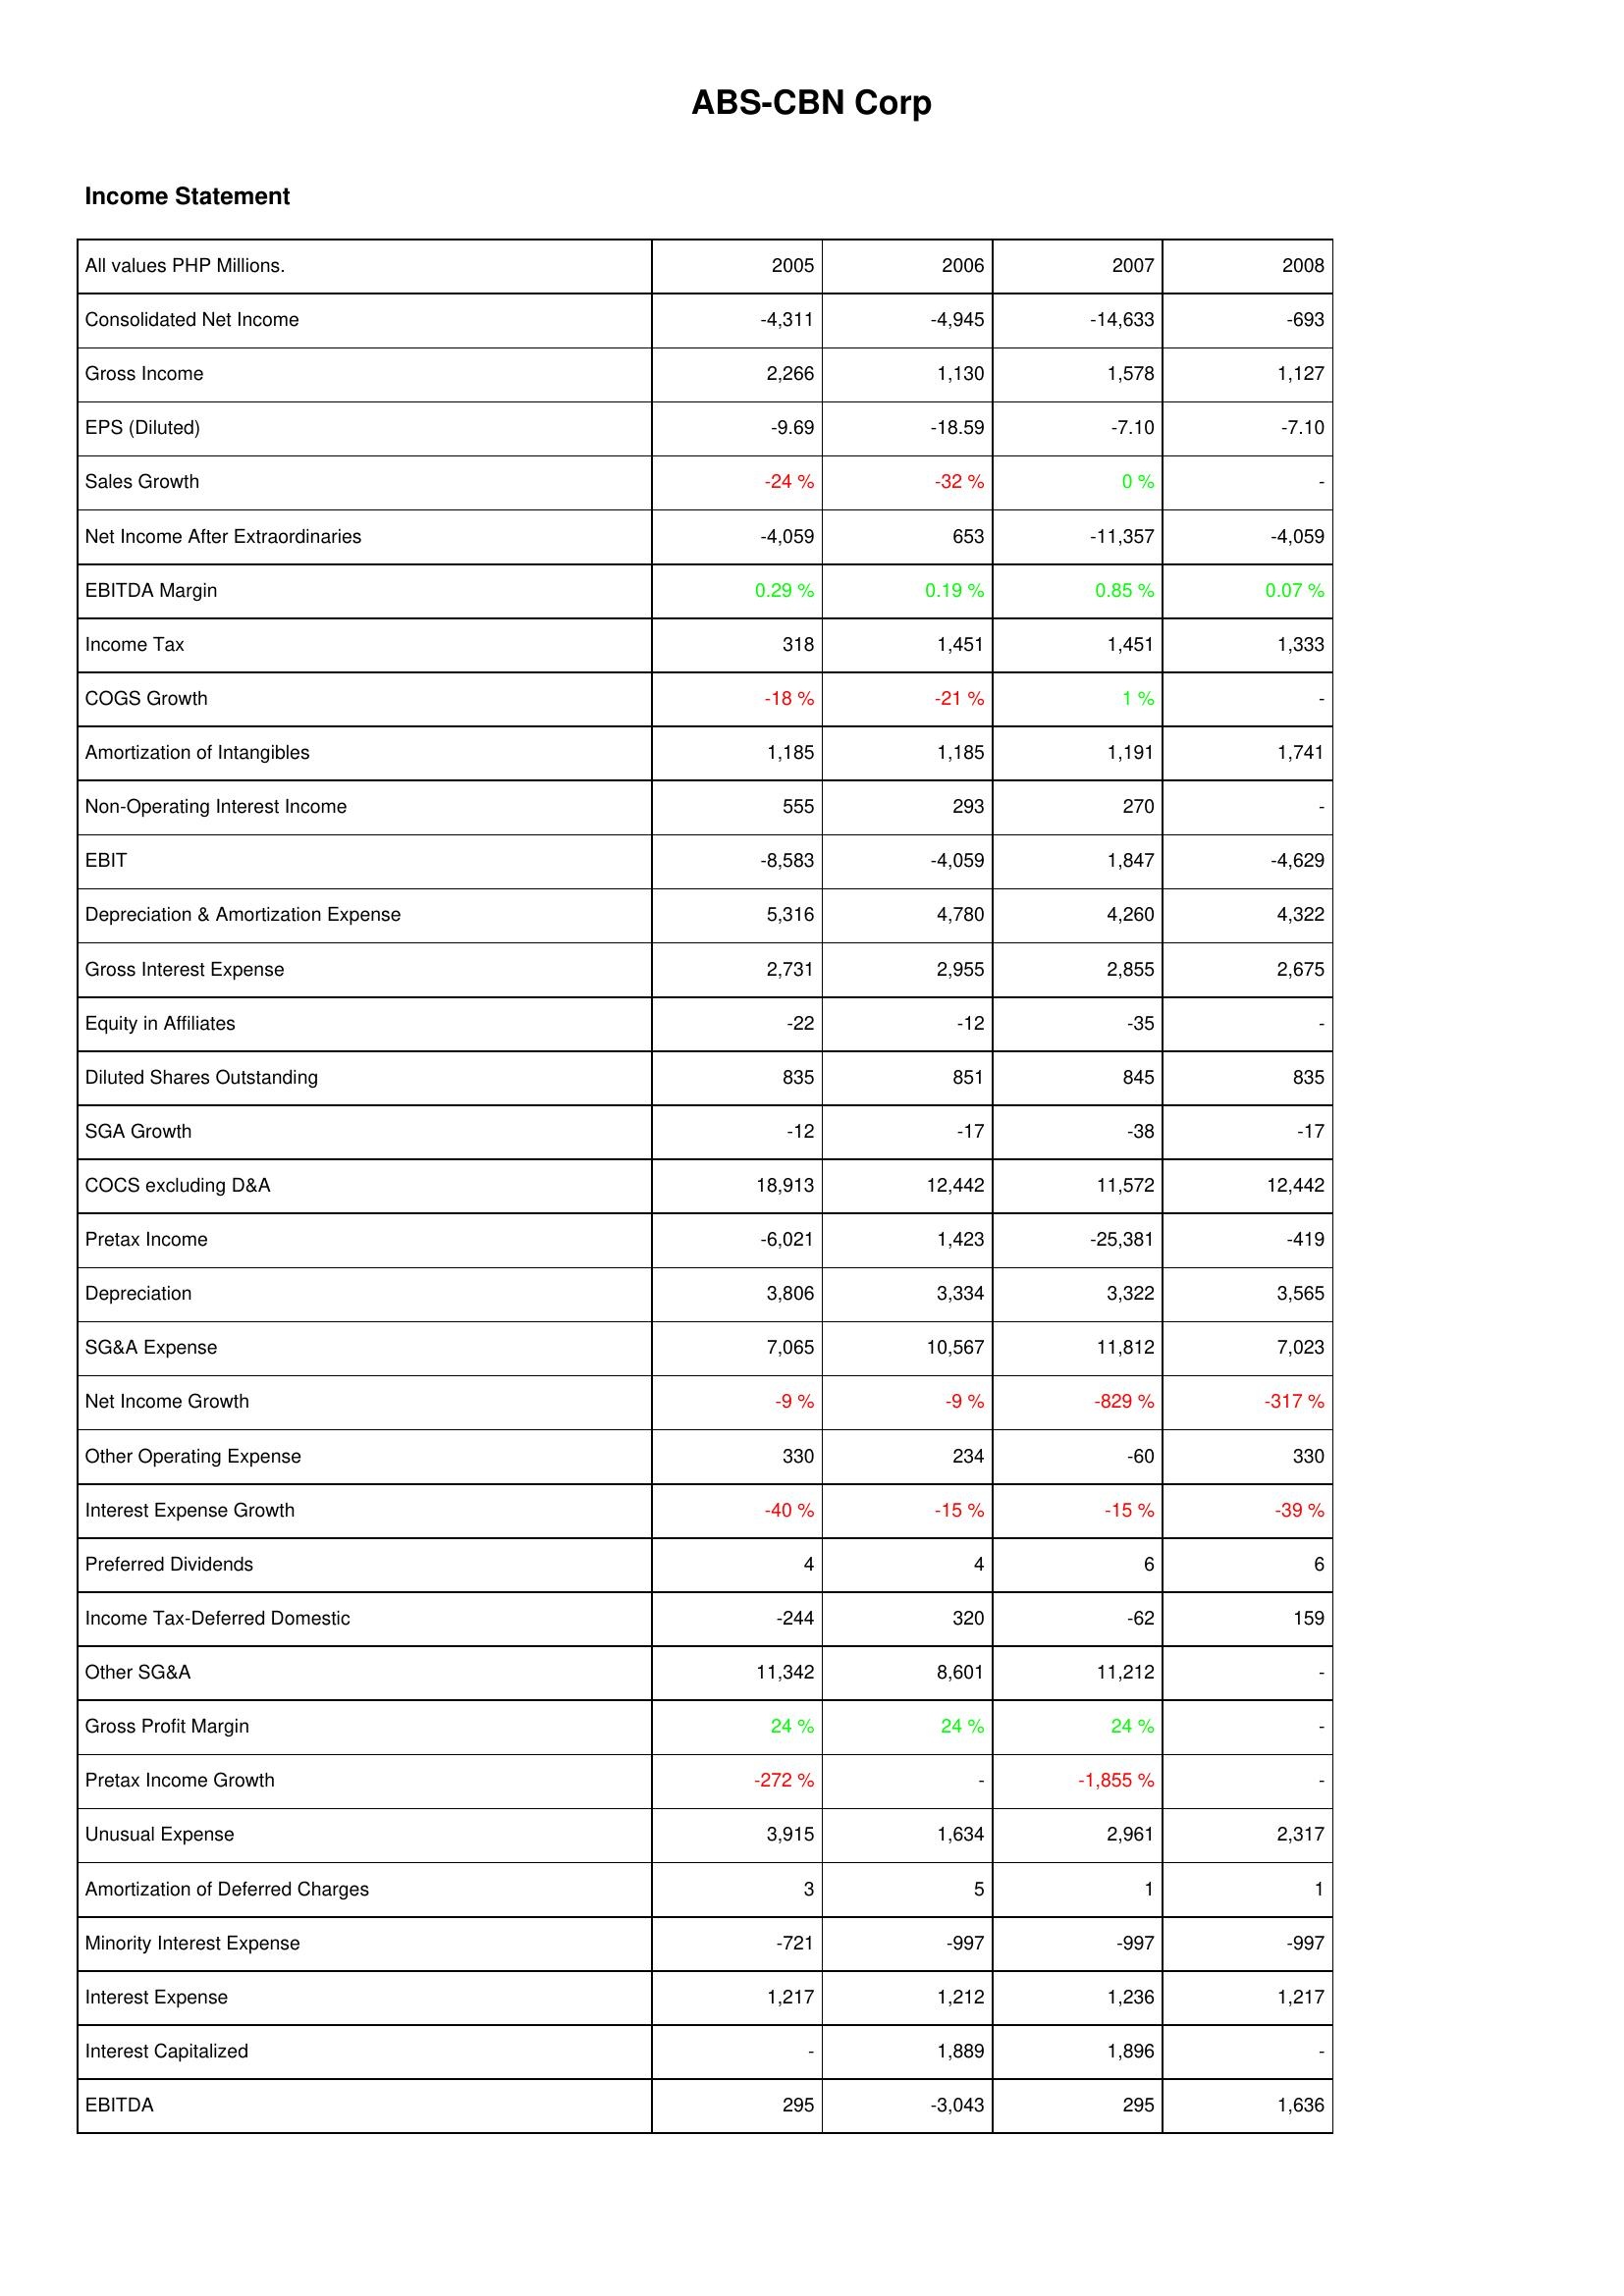
2005: Income Statement: Consolidated Net Income: -4,311
Gross Income: 2,266
EPS (Diluted): -9.69
Sales Growth: -24 %
Net Income After Extraordinaries: -4,059
EBITDA Margin: 0.29 %
Income Tax: 318
COGS Growth: -18 %
Amortization of Intangibles: 1,185
Non-Operating Interest Income: 555
EBIT: -8,583
Depreciation & Amortization Expense: 5,316
Gross Interest Expense: 2,731
Equity in Affiliates: -22
Diluted Shares Outstanding: 835
SGA Growth: -12
COCS excluding D&A: 18,913
Pretax Income: -6,021
Depreciation: 3,806
SG&A Expense: 7,065
Net Income Growth: -9 %
Other Operating Expense: 330
Interest Expense Growth: -40 %
Preferred Dividends: 4
Income Tax-Deferred Domestic: -244
Other SG&A: 11,342
Gross Profit Margin: 24 %
Pretax Income Growth: -272 %
Unusual Expense: 3,915
Amortization of Deferred Charges: 3
Minority Interest Expense: -721
Interest Expense: 1,217
Interest Capitalized: -
EBITDA: 295
2006: Income Statement: Consolidated Net Income: -4,945
Gross Income: 1,130
EPS (Diluted): -18.59
Sales Growth: -32 %
Net Income After Extraordinaries: 653
EBITDA Margin: 0.19 %
Income Tax: 1,451
COGS Growth: -21 %
Amortization of Intangibles: 1,185
Non-Operating Interest Income: 293
EBIT: -4,059
Depreciation & Amortization Expense: 4,780
Gross Interest Expense: 2,955
Equity in Affiliates: -12
Diluted Shares Outstanding: 851
SGA Growth: -17
COCS excluding D&A: 12,442
Pretax Income: 1,423
Depreciation: 3,334
SG&A Expense: 10,567
Net Income Growth: -9 %
Other Operating Expense: 234
Interest Expense Growth: -15 %
Preferred Dividends: 4
Income Tax-Deferred Domestic: 320
Other SG&A: 8,601
Gross Profit Margin: 24 %
Pretax Income Growth: -
Unusual Expense: 1,634
Amortization of Deferred Charges: 5
Minority Interest Expense: -997
Interest Expense: 1,212
Interest Capitalized: 1,889
EBITDA: -3,043
2007: Income Statement: Consolidated Net Income: -14,633
Gross Income: 1,578
EPS (Diluted): -7.10
Sales Growth: 0 %
Net Income After Extraordinaries: -11,357
EBITDA Margin: 0.85 %
Income Tax: 1,451
COGS Growth: 1 %
Amortization of Intangibles: 1,191
Non-Operating Interest Income: 270
EBIT: 1,847
Depreciation & Amortization Expense: 4,260
Gross Interest Expense: 2,855
Equity in Affiliates: -35
Diluted Shares Outstanding: 845
SGA Growth: -38
COCS excluding D&A: 11,572
Pretax Income: -25,381
Depreciation: 3,322
SG&A Expense: 11,812
Net Income Growth: -829 %
Other Operating Expense: -60
Interest Expense Growth: -15 %
Preferred Dividends: 6
Income Tax-Deferred Domestic: -62
Other SG&A: 11,212
Gross Profit Margin: 24 %
Pretax Income Growth: -1,855 %
Unusual Expense: 2,961
Amortization of Deferred Charges: 1
Minority Interest Expense: -997
Interest Expense: 1,236
Interest Capitalized: 1,896
EBITDA: 295
2008: Income Statement: Consolidated Net Income: -693
Gross Income: 1,127
EPS (Diluted): -7.10
Sales Growth: -
Net Income After Extraordinaries: -4,059
EBITDA Margin: 0.07 %
Income Tax: 1,333
COGS Growth: -
Amortization of Intangibles: 1,741
Non-Operating Interest Income: -
EBIT: -4,629
Depreciation & Amortization Expense: 4,322
Gross Interest Expense: 2,675
Equity in Affiliates: -
Diluted Shares Outstanding: 835
SGA Growth: -17
COCS excluding D&A: 12,442
Pretax Income: -419
Depreciation: 3,565
SG&A Expense: 7,023
Net Income Growth: -317 %
Other Operating Expense: 330
Interest Expense Growth: -39 %
Preferred Dividends: 6
Income Tax-Deferred Domestic: 159
Other SG&A: -
Gross Profit Margin: -
Pretax Income Growth: -
Unusual Expense: 2,317
Amortization of Deferred Charges: 1
Minority Interest Expense: -997
Interest Expense: 1,217
Interest Capitalized: -
EBITDA: 1,636